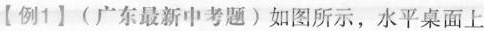
【例1】(广东最新中考题)如图所示，水平桌面上